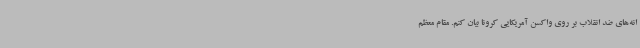
انه‌های ضد انقلاب بر روی واکسن آمریکایی کرونا بیان کنم. مقام معظم